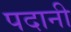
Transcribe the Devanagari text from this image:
पदानी